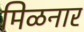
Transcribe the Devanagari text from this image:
मिळनार